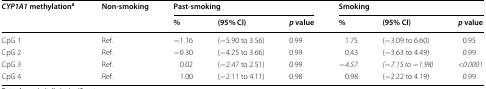
| <ROWSPAN=2> CYP1A1 methylationa | <ROWSPAN=2> Non-smoking | <COLSPAN=3> Past-smoking | <COLSPAN=3> Smoking |
 | % | (95% CI) | p value | % | (95% CI) | p value |
 | --- | --- | --- | --- | --- | --- | --- | --- |
 | CpG 1 | Ref. | −1.16 | (−5.90 to 3.56) | 0.99 | 1.75 | (−3.09 to 6.60) | 0.95 |
 | CpG 2 | Ref. | −0.30 | (−4.25 to 3.66) | 0.99 | 0.43 | (−3.63 to 4.49) | 0.99 |
 | CpG 3 | Ref. | 0.02 | (−2.47 to 2.51) | 0.99 | −4.57 | (−7.15 to −1.98) | <0.0001 |
 | CpG 4 | Ref. | 1.00 | (−2.11 to 4.11) | 0.98 | 0.98 | (−2.22 to 4.19) | 0.99 |